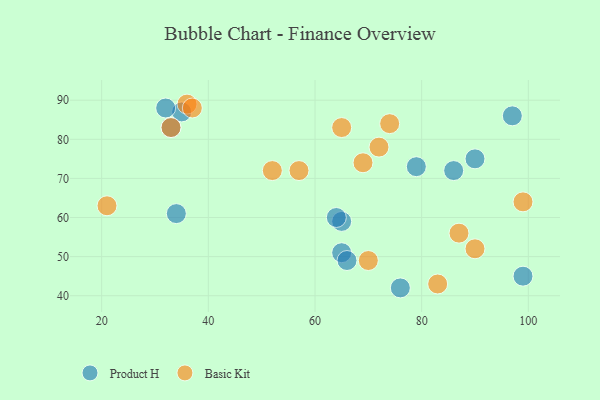
{"axis": {"x": "GDP", "y": "Life Expectancy"}, "legend": ["Basic Kit", "Product H"], "data": [{"x": "65", "y": 51, "type": "Product H"}, {"x": "35", "y": 87, "type": "Product H"}, {"x": "33", "y": 83, "type": "Product H"}, {"x": "66", "y": 49, "type": "Product H"}, {"x": "99", "y": 45, "type": "Product H"}, {"x": "65", "y": 59, "type": "Product H"}, {"x": "86", "y": 72, "type": "Product H"}, {"x": "76", "y": 42, "type": "Product H"}, {"x": "97", "y": 86, "type": "Product H"}, {"x": "90", "y": 75, "type": "Product H"}, {"x": "64", "y": 60, "type": "Product H"}, {"x": "79", "y": 73, "type": "Product H"}, {"x": "32", "y": 88, "type": "Product H"}, {"x": "34", "y": 61, "type": "Product H"}, {"x": "72", "y": 78, "type": "Basic Kit"}, {"x": "21", "y": 63, "type": "Basic Kit"}, {"x": "70", "y": 49, "type": "Basic Kit"}, {"x": "52", "y": 72, "type": "Basic Kit"}, {"x": "36", "y": 89, "type": "Basic Kit"}, {"x": "37", "y": 88, "type": "Basic Kit"}, {"x": "57", "y": 72, "type": "Basic Kit"}, {"x": "83", "y": 43, "type": "Basic Kit"}, {"x": "87", "y": 56, "type": "Basic Kit"}, {"x": "33", "y": 83, "type": "Basic Kit"}, {"x": "90", "y": 52, "type": "Basic Kit"}, {"x": "69", "y": 74, "type": "Basic Kit"}, {"x": "99", "y": 64, "type": "Basic Kit"}, {"x": "74", "y": 84, "type": "Basic Kit"}, {"x": "65", "y": 83, "type": "Basic Kit"}]}